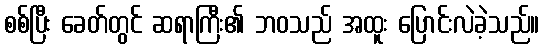
စစ်ပြီး ခေတ်တွင် ဆရာကြီး၏ ဘဝသည် အထူး ပြောင်းလဲခဲ့သည်။